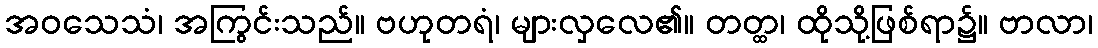
အဝသေသံ၊ အကြွင်းသည်။ ဗဟုတရံ၊ များလှလေ၏။ တတ္ထ၊ ထိုသို့ဖြစ်ရာ၌။ ဗာလာ၊